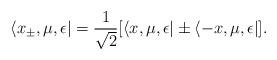
LaTeX: \begin{align*} \langle x_\pm,\mu,\epsilon| &= \frac{1}{\sqrt{2}} [ \langle x,\mu,\epsilon| \pm \langle -x,\mu,\epsilon | ]. \end{align*}